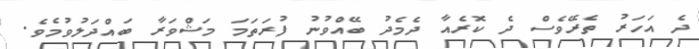
ދެ އަހަރު ތެރޭވެސް ދެ ކޮރެއާ ދެމެދު ބޭއްވުނު ފުރަތަމަ މަޝްވަރާ ބައްދަލުވުމެވެ.